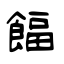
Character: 𩜰